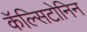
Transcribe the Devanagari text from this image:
कॅल्सिटोनिन